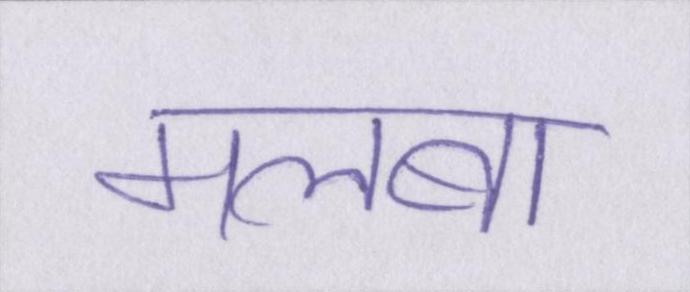
मलबा